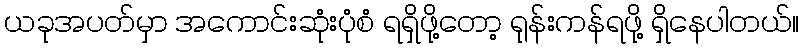
ယခုအပတ်မှာ အကောင်းဆုံးပုံစံ ရရှိဖို့တော့ ရုန်းကန်ရဖို့ ရှိနေပါတယ်။